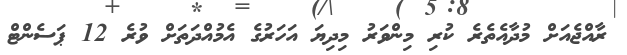
ރާއްޖެއަށް މުދާއެތެރެ ކުރި މިންވަރު މިދިޔަ އަހަރުގެ އެމުއްދަތަށް ވުރެ 12 ޕަސެންޓް